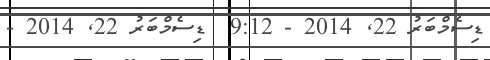
ޑިސެމްބަރު 22